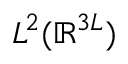
L ^ { 2 } ( \mathbb { R } ^ { 3 L } )